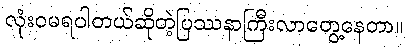
လုံးဝမရပါတယ်ဆိုတဲ့ပြဿနာကြီးလာတွေ့နေတာ။